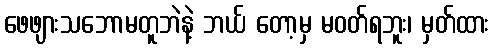
ဖေဖျားသဘောမတူဘဲနဲ့ ဘယ် တော့မှ မဝတ်ရဘူး၊ မှတ်ထား